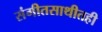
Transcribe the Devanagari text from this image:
संगीतसाथीतही